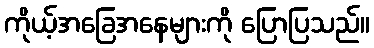
ကိုယ့်အခြေအနေများကို ပြောပြသည်။